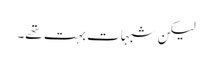
لیکن شبہات بہت تھے۔